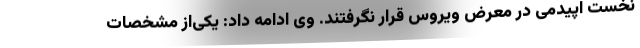
نخست اپیدمی در معرض ویروس قرار نگرفتند. وی ادامه داد: یکی‌از مشخصات